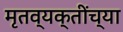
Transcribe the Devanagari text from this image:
मृतव्यक्तींच्या